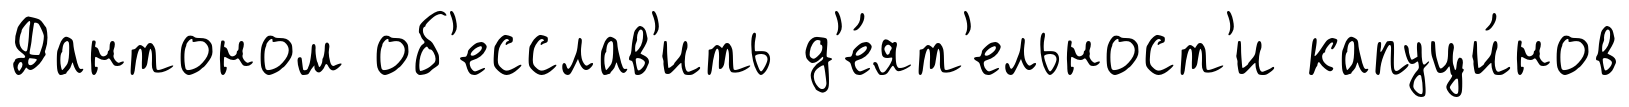
Дантоном об'есслав'ить д'е́ят'ельност'и капуци́нов